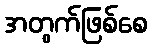
အတွက်ဖြစ်စေ